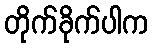
တိုက်ခိုက်ပါက